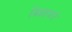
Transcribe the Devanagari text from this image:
विज्ञायते